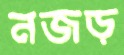
নজড়